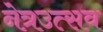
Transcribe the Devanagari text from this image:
नेत्रउत्सव